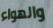
والهواء